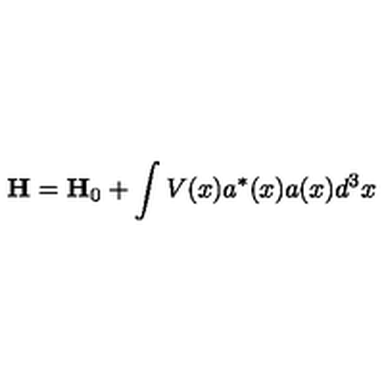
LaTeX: \mathbf { H } = \mathbf { H } _ { 0 } + \int V ( x ) a ^ { * } ( x ) a ( x ) d ^ { 3 } x